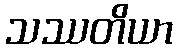
သဿတိယာ